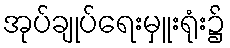
အုပ်ချုပ်ရေးမှူးရုံး၌